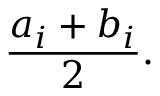
{ \frac { a _ { i } + b _ { i } } { 2 } } .